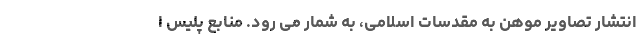
انتشار تصاویر موهن به مقدسات اسلامی، به شمار می رود. منابع پلیس ا